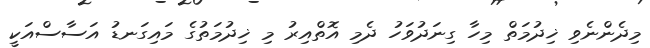
މިދެންނެވި ޚިދުމަތް މިހާ ގިނަދުވަހު ދެމި އޮތްއިރު މި ޚިދުމަތުގެ މައިގަނޑު އަސާސްއަކީ